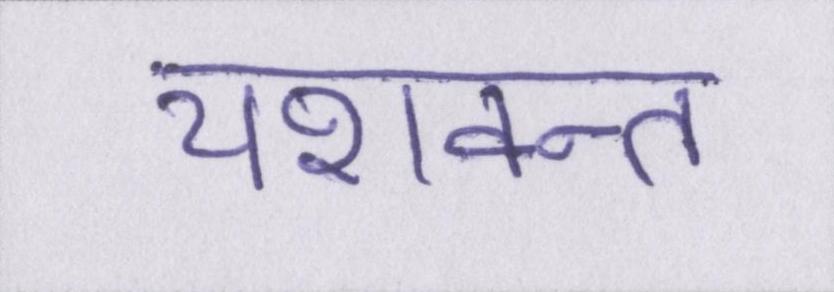
यशवन्त